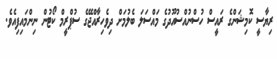
ރިޔާސީ ކޮމިޝަންގެ ރައީސް ހުސްނުއްސުއޫދުގެ މައްސަލަ ބެލުމަށް ދިވެހިރާއްޖޭގެ ސުޕްރީމް ކޯޓުން ނިންމައިފިއެވެ.